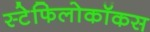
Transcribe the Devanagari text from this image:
स्टेफिलोकॉकस